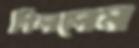
গিললেন